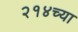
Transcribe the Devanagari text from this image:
२१४च्या